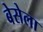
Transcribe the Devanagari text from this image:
बेसेला